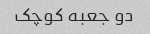
دو جعبه کوچک